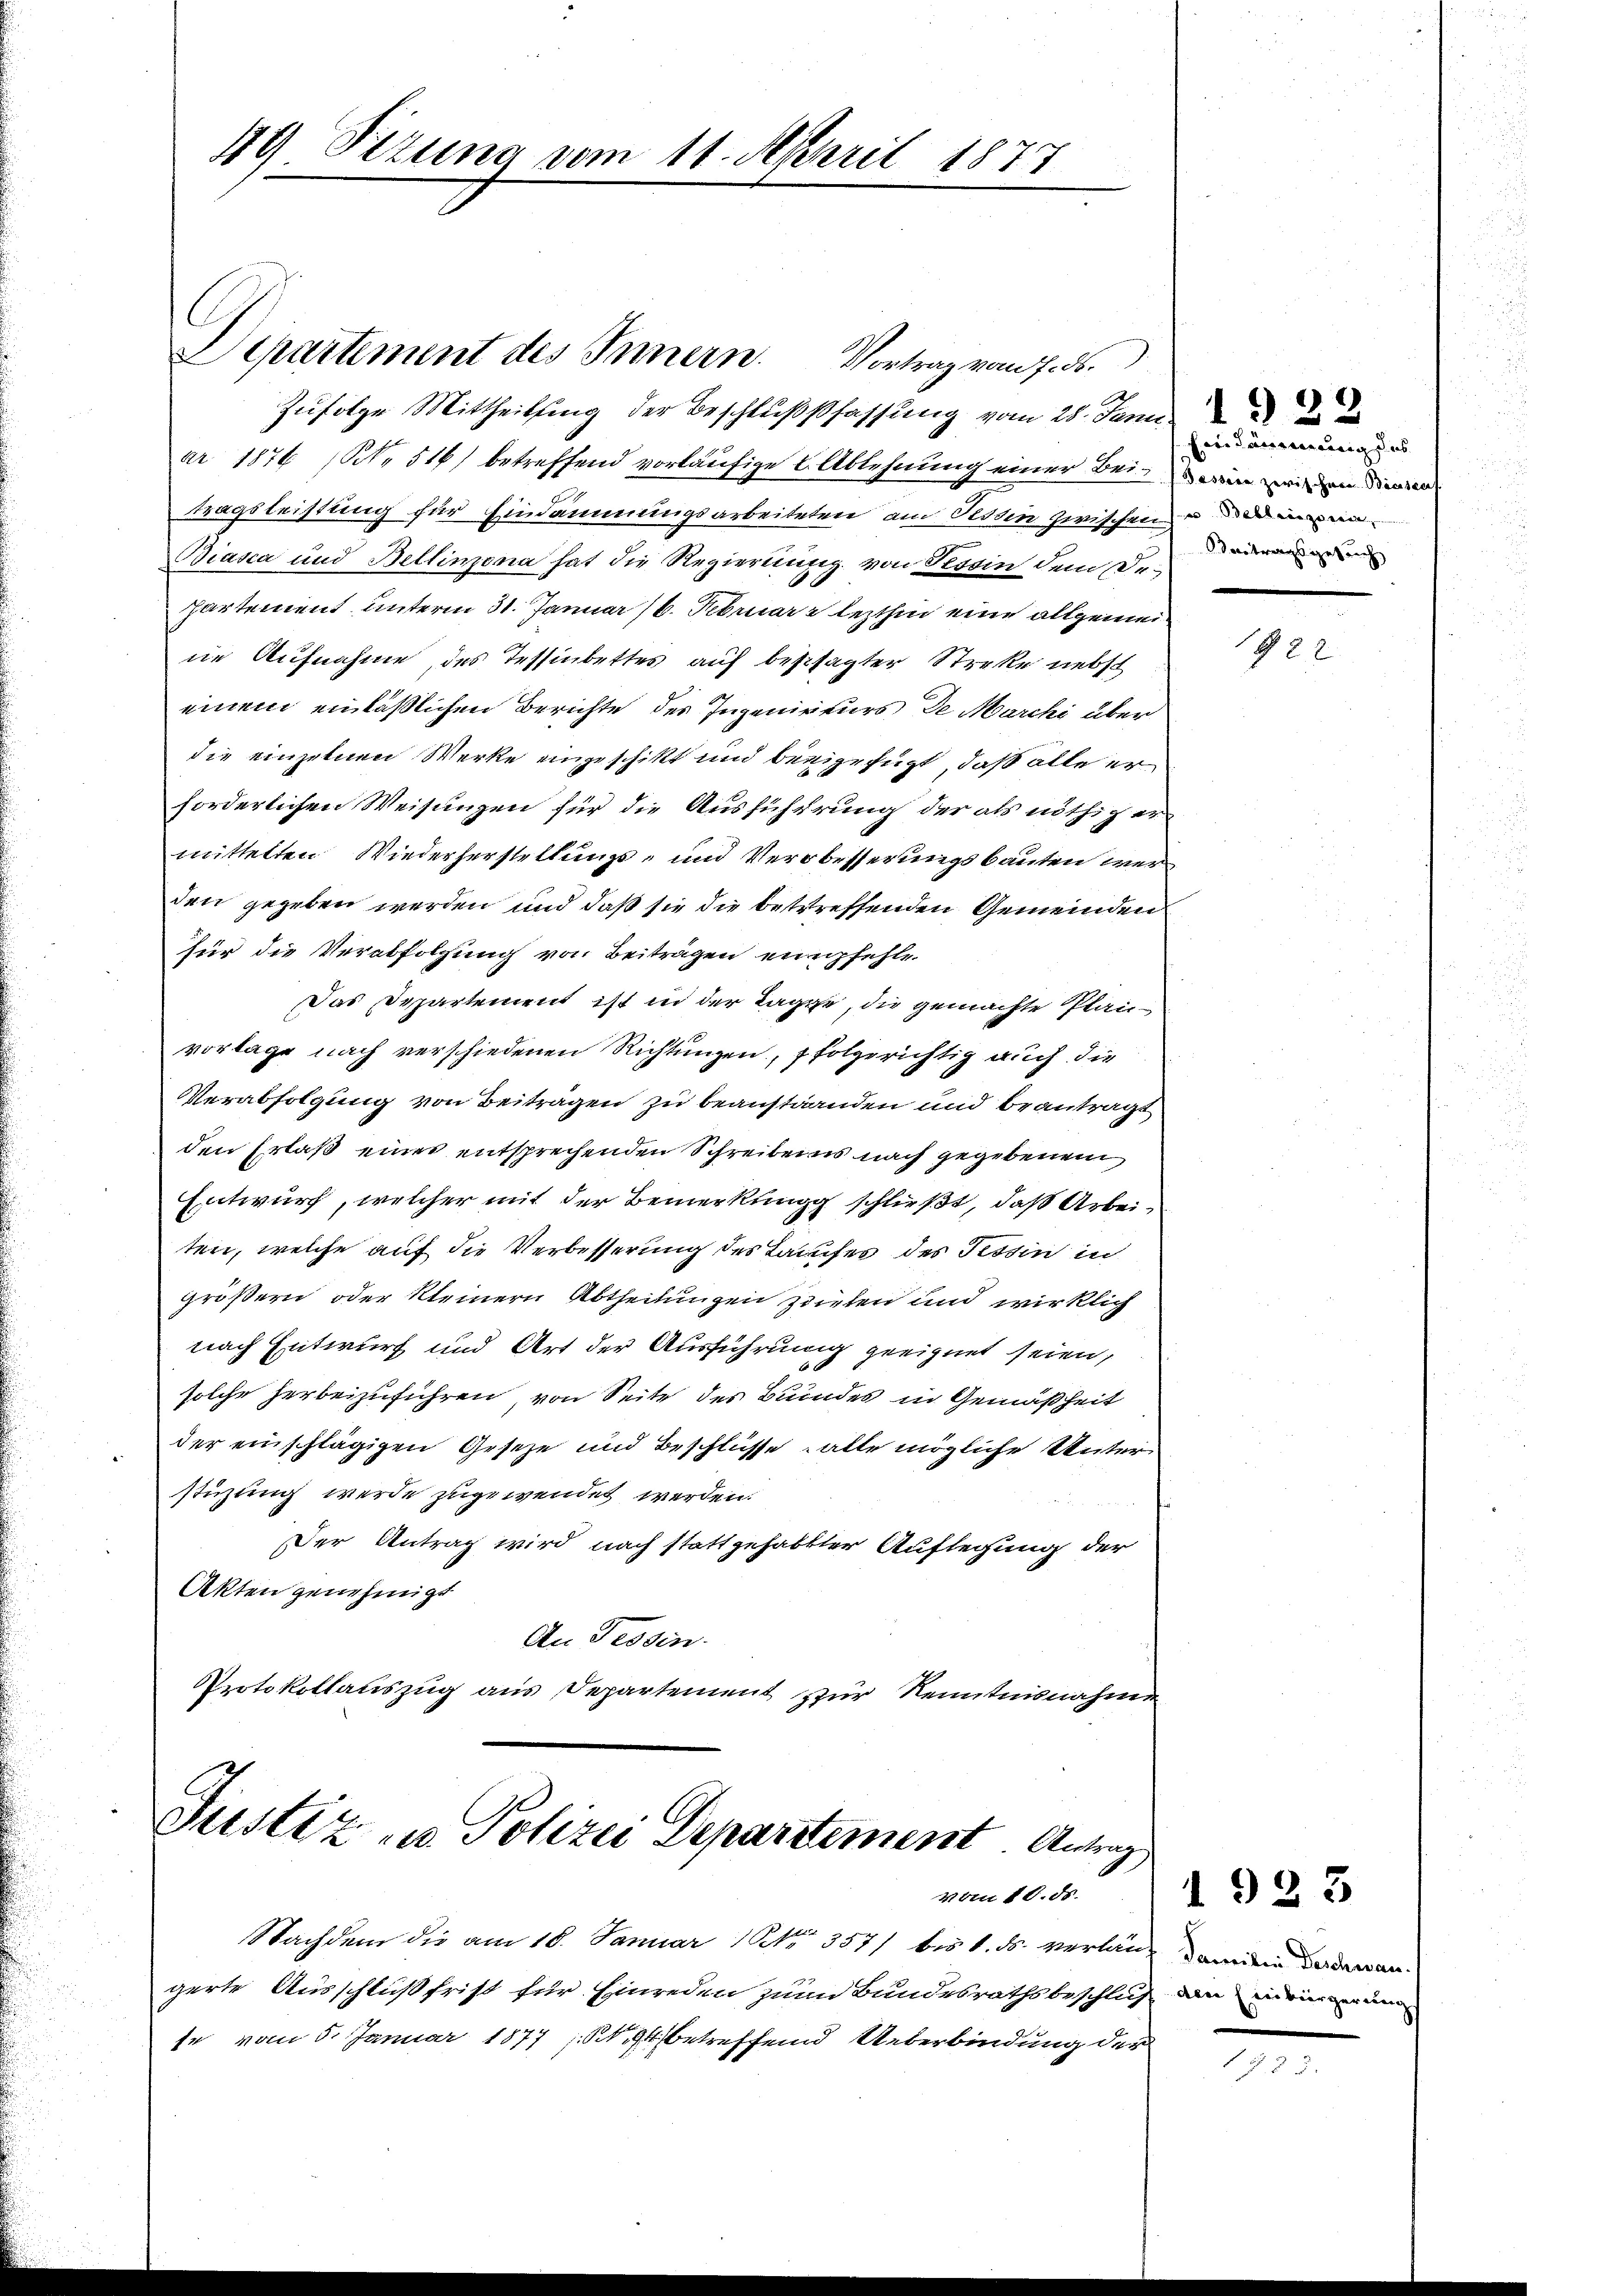
49 Sizung vom 11. April 1873

Zufolge Mittheilung der Beschlußfassung vom 28. Janu
ar 1876 (No 516) betreffend vorläufige L. Ablehnung einer Bei eine zweien dienen
Tragsleistung für Eindammungsarbeiteten am Tessin zwischen und man
Biasca und Bellinzona hat die Regierung von Tessin dem De¬
Partement unterm 31. Januar 16. Februar lezthin eine allgemeine Aufnahme des Tessinbettes auf bestsagter Streke nebst
einem einläßlichen Berichte des Ingenieurs de Marchi über
die einzelnen Werke eingeschikt und beigefügt, daß alle er
forderlichen Weisungen für die Aussicherung der als nöthig er
mittelten Wiederherstellungs- und Verbesserungsbauten werden gegeben werden und daß sie die betreffenden Gemeinden
für die Verabfolgung von Beiträgen empfehle.
Das Departement ist in der Tagge, die gemachte Planvorlage nach verschiedenen Richtungen, folgerichtig auch die
Verabfolgung von Beiträgen zu beanstanden und beantragt
den Erlaß eines entsprechenden Schreiben es nach gegebenen
Entwurf, welcher mit der Bemerkungg schließt, daß Arbeiten, welche auf die Verbesserung des Taufes des Tessin in
größern oder kleinern Abtheilungen sieben und wirklich
nach Entwurf und Art der Ausführung geeignet seien,
solche herbeizuführen, von Seite des Bundes in Gemäßheit
der einschlägigen Gesetze und Beschlüsse alte mögliche Unterstüzung werde zugewendet werden.
Der Antrag wird nach stattgehabter Auflegung der
Akten genehmigt
An Tessin.
Protokollauszug aus Departement zur Kenntnisnahmen

E
Departement des Innern. Vortrag vom 7. ds.

Justiz in Polizei Departement Antrag
vom 10. ds.

Nachdem die am 18. Januar (Nr. 357/ bis 1. ds. verlang einen Bedenen
gerte Ausschluß frist für Einreden zum Bundesrathsbeschluß den meinen un
se vom 5. Januar 1877, 94 betreffend Ueberbindung der

indammmung des
Vertragsgesuch,

88

1923